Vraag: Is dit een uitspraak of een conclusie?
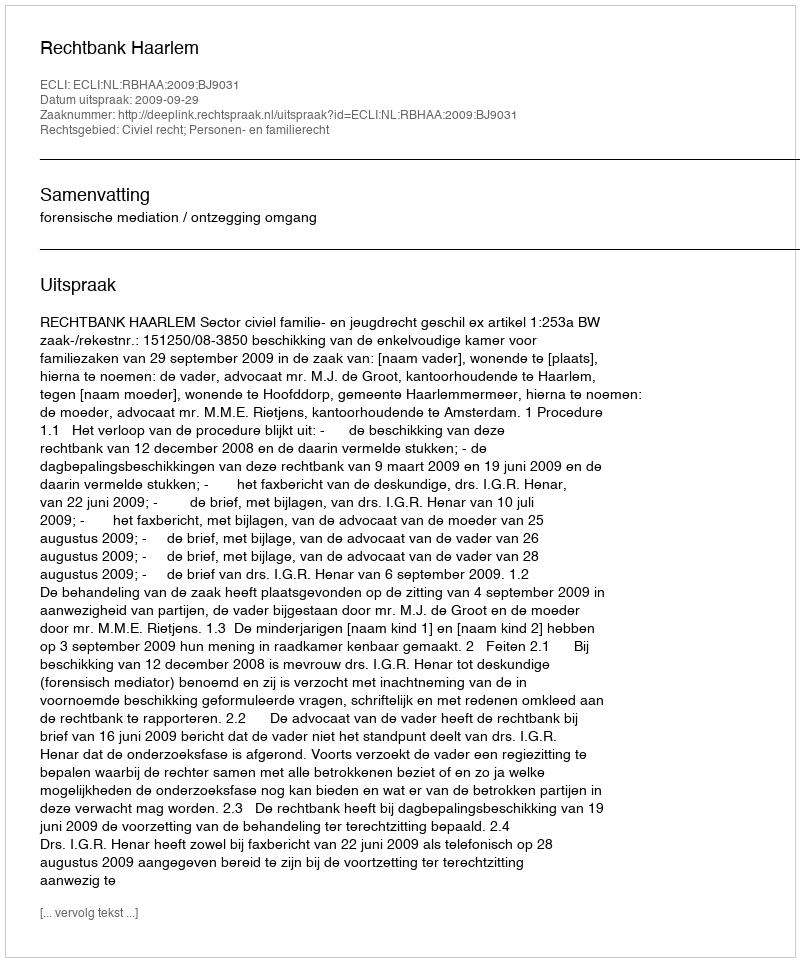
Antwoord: Uitspraak